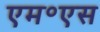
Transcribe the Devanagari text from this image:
एम॰एस